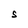
Character: S